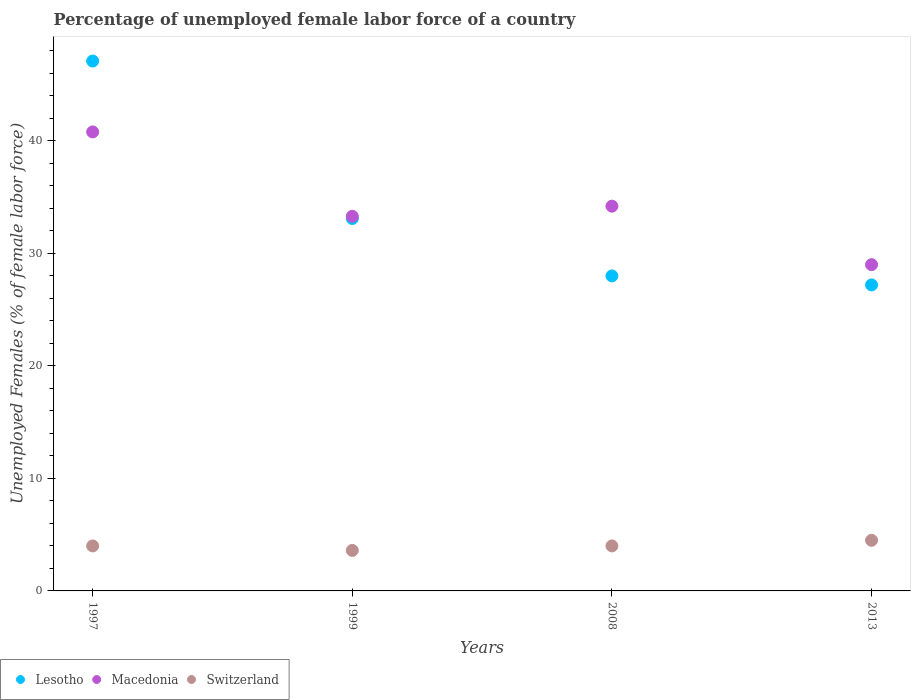
| Years | Lesotho | Macedonia | Switzerland |
 | --- | --- | --- | --- |
 | 1997 | 47.1 | 40.8 | 4 |
 | 1999 | 33.1 | 33.3 | 3.6 |
 | 2008 | 28 | 34.2 | 4 |
 | 2013 | 27.2 | 29 | 4.5 |